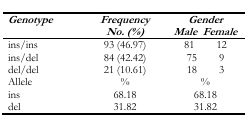
| <ROWSPAN=2> Genotype | <ROWSPAN=2> Frequency No. (%) | <COLSPAN=2> Gender |
 | Male | Female |
 | --- | --- | --- | --- |
 | ins/ins | 93 (46.97) | 81 | 12 |
 | ins/del | 84 (42.42) | 75 | 9 |
 | del/del | 21 (10.61) | 18 | 3 |
 | Allele | % | <COLSPAN=2> % |
 | ins | 68.18 | <COLSPAN=2> 68.18 |
 | del | 31.82 | <COLSPAN=2> 31.82 |